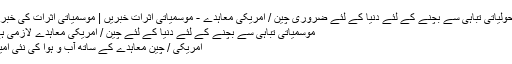
ماحولیاتی تباہی سے بچنے کے لئے دنیا کے لئے ضروری چین / امریکی معاہدے - موسمیاتی اثرات خبریں | موسمیاتی اثرات کی خبریں
موسمیاتی تباہی سے بچنے کے لئے دنیا کے لئے چین / امریکی معاہدے لازمی ہے
امریکی / چین معاہدے کے ساتھ آب و ہوا کی نئی امید؟